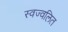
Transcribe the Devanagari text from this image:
स्वज्वलित